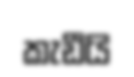
කැඩීයි